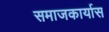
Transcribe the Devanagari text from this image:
समाजकार्यास